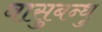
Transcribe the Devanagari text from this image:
वासुबन्धु